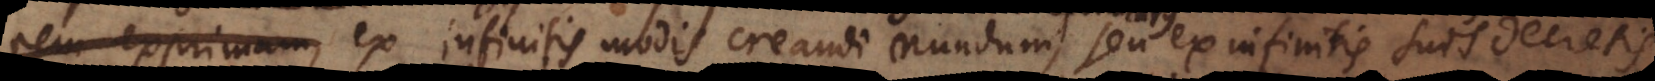
rem exprimam, ex infinitis modis creandi mundum, seu ex infinitis suis decretis